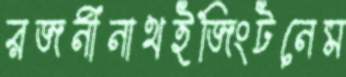
রজনীনাথইজিংটনেম